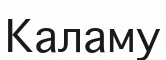
Каламу